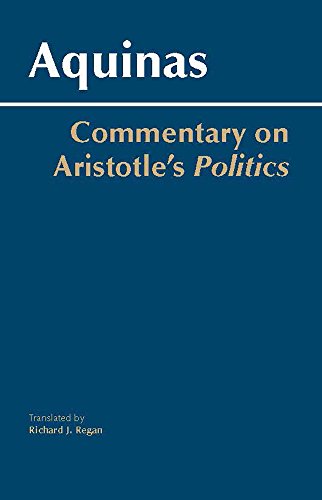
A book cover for Commentary on Aristotle's Politics; Thomas Aquinas; Politics & Social Sciences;